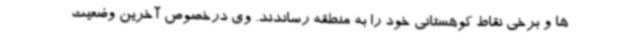
ها و برخی نقاط کوهستانی خود را به منطقه رساندند. وی درخصوص آخرین وضعیت